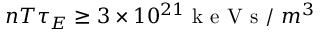
n T \tau _ { E } \geq 3 \times 1 0 ^ { 2 1 } \mathrm { ~ k ~ e ~ V ~ s ~ / ~ } m ^ { 3 }